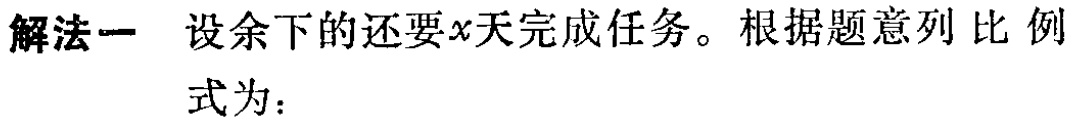
解法一 设余下的还要\(x\)天完成任务。根据题意列 比 例 式为：